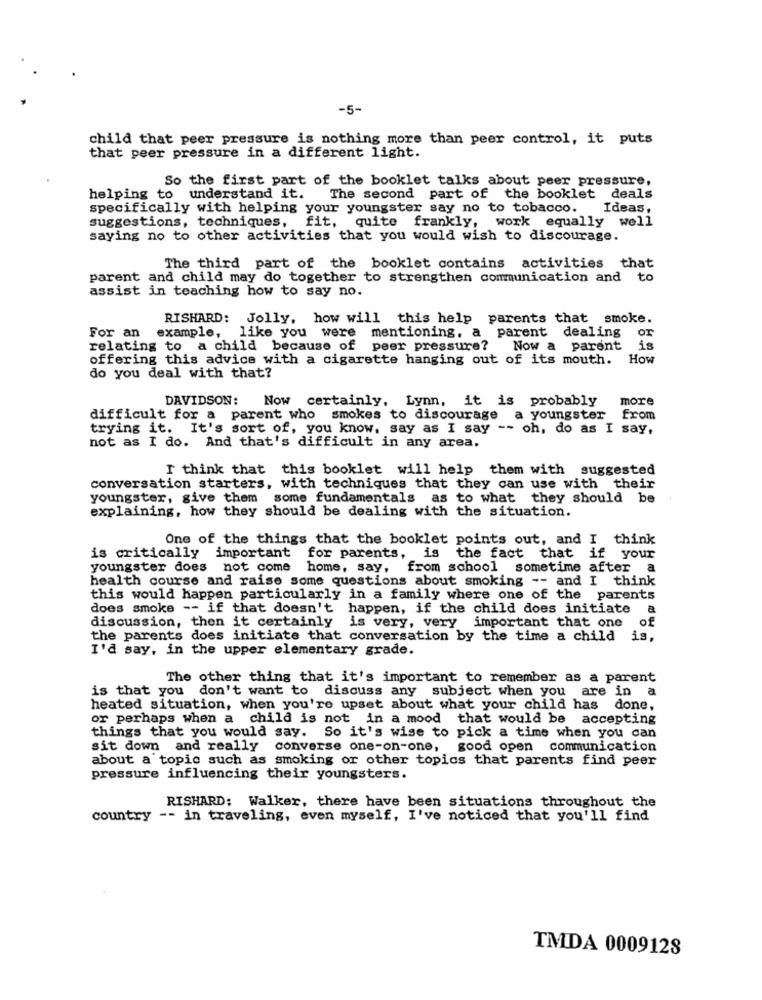
-5-
child that peer pressure is nothing more than peer control, it puts
that peer pressure in a different light.
So the first part of the booklet talks about peer pressure,
helping to understand it.
The second part of the booklet deals
specifically with helping your youngster say no to tobacco. Ideas,
suggestions, techniques, fit, quite frankly, work equally well
saying no to other activities that you would wish to discourage.
The third part of the booklet contains activities that
parent and child may do together to strengthen communication and to
assist in teaching how to say no.
RISHARD: Jolly, how will this help parents that smoke.
For an
dealing
or
example, like you were mentioning, a parent
relating to a child because of peer pressure?
Now a parent
offering this advice with a cigarette hanging out of its mouth. How
do you deal with that?
DAVIDSON: Now certainly, Lynn, it is probably
more
difficult for a parent who smokes to discourage a youngster from
trying it. It's sort of, you know, say as I say -- oh, do as I say,
not as I do. And that's difficult in any area.
I think that this booklet will help them with suggested
conversation starters, with techniques that they can use with their
youngster, give them some fundamentals as to what they should be
explaining, how they should be dealing with the situation.
One of the things that the booklet points out, and I think
is critically important
for parents,
is the fact that if your
youngster does not come
home, say, from school sometime after a
health course and raise some questions about smoking -- and I think
this would happen particularly in a family where one of the parents
does smoke -- if that doesn't happen, if the child does initiate
a
discussion, then it certainly is very, very important that one
of
the parents does initiate that conversation by the time a child
is,
I'd say, in the upper elementary grade.
The other thing that it's important to remember as a parent
is that you don't want to discuss any subject when you are in a
heated situation, when you're upset about what your child has done,
or perhaps when a child is not in a mood that would be accepting
things that you would say. So it's wise to pick a time when you can
sit down and really converse one-on-one, good open communication
about a topic such as smoking or other topics that parents find peer
pressure influencing their youngsters.
RISHARD: Walker, there have been situations throughout the
country -- in traveling, even myself, I've noticed that you'll find
TMDA 0009128